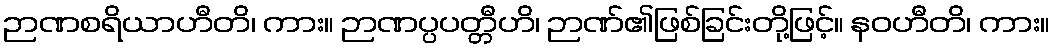
ဉာဏစရိယာဟီတိ၊ ကား။ ဉာဏပ္ပပတ္တီဟိ၊ ဉာဏ်၏ဖြစ်ခြင်းတို့ဖြင့်။ နဝဟီတိ၊ ကား။